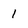
Character: l